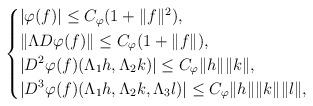
LaTeX: \begin{align*}\left\{\begin{aligned}& |\varphi(f)|\leq C_{\varphi}(1+\|f\|^2), \\& \|\Lambda D\varphi(f)\|\leq C_{\varphi}(1+\|f\|), \\& |D^2\varphi(f)(\Lambda_1h,\Lambda_2k)|\leq C_{\varphi}\|h\|\|k\|, \\& |D^3\varphi(f)(\Lambda_1h,\Lambda_2k,\Lambda_3l)|\leq C_{\varphi}\|h\|\|k\|\|l\|,\end{aligned}\right.\end{align*}